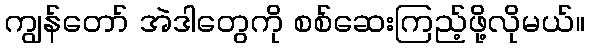
ကျွန်တော် အဲဒါတွေကို စစ်ဆေးကြည့်ဖို့လိုမယ်။